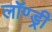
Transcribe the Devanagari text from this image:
लॉण्ड्री